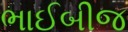
ભાઈબીજ